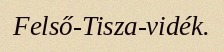
Felső-Tisza-vidék.